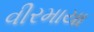
વીરમાયા